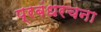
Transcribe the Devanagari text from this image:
प्रबंधरचना